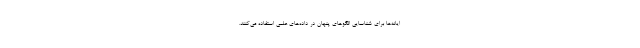
ایانه‌ها برای شناسایی الگوهای پنهان در داده‌های علمی استفاده می‌کنند.